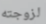
لزوجته